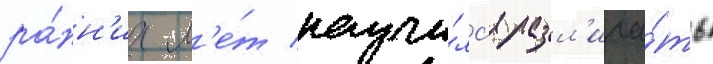
ра́нн'их л'е́т научи́лс'я разл'ича́ть